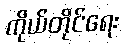
ကိုယ်တိုင်ရေး